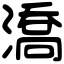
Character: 𣾷